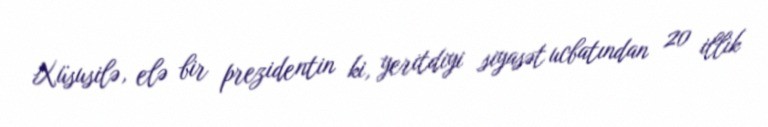
Xüsusilə, elə bir prezidentin ki, yeritdiyi siyasət ucbatından 20 illik